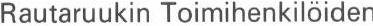
Rautaruukin Toimihenkilöiden